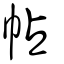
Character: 帖